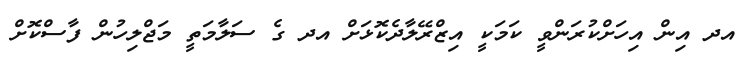
އދ އިން އިހަށްކުރަންވީ ކަމަކީ އިޒްރޭލާދެކޮޅަށް އދ ގެ ސަލާމަތީ މަޖްލިހުން ފާސްކޮށް